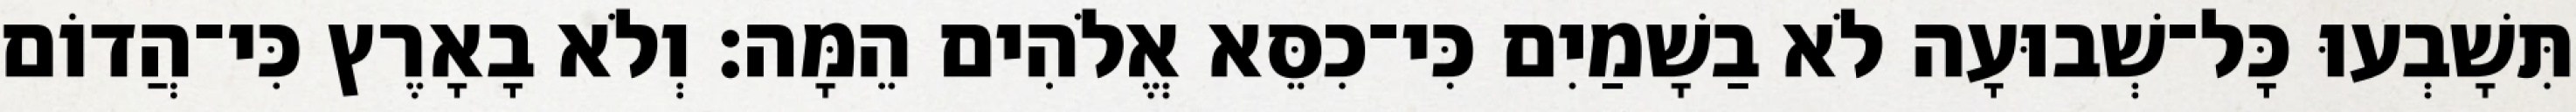
תִּשָׁבְעוּ כָּל־שְׁבוּעָה לֹא בַשָׁמַיִם כִּי־כִסֵּא אֱלֹהִים הֵמָּה׃ וְלֹא בָאָרֶץ כִּי־הֲדוֹם